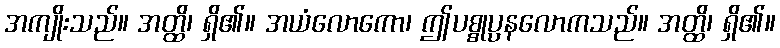
အကျိုးသည်။ အတ္ထိ၊ ရှိ၏။ အယံလောကော၊ ဤပစ္စုပ္ပနလောကသည်။ အတ္ထိ၊ ရှိ၏။